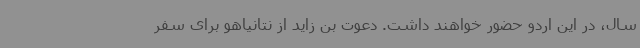
سال، در این اردو حضور خواهند داشت. دعوت بن زاید از نتانیاهو برای سفر